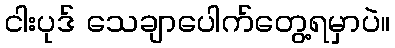
ငါးပုဒ် သေချာပေါက်တွေ့ရမှာပဲ။